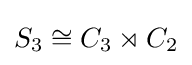
S_{3}\cong C_{3}\rtimes C_{2}